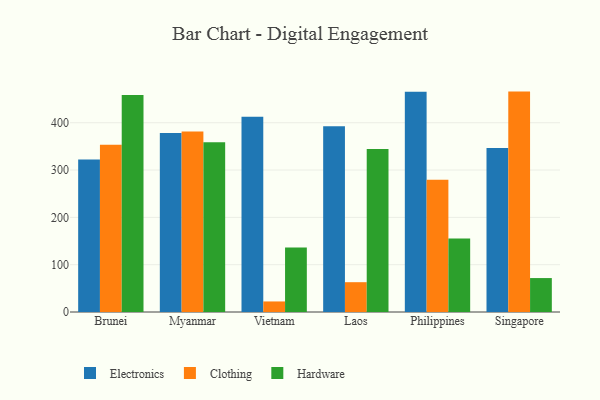
{"axis": {"x": "Country", "y": "Conversion Rate (%)"}, "legend": ["Clothing", "Electronics", "Hardware"], "data": [{"x": "Brunei", "y": 322.5, "type": "Electronics"}, {"x": "Brunei", "y": 353.3, "type": "Clothing"}, {"x": "Brunei", "y": 458.6, "type": "Hardware"}, {"x": "Myanmar", "y": 378.3, "type": "Electronics"}, {"x": "Myanmar", "y": 381.3, "type": "Clothing"}, {"x": "Myanmar", "y": 358.9, "type": "Hardware"}, {"x": "Vietnam", "y": 412.4, "type": "Electronics"}, {"x": "Vietnam", "y": 22.3, "type": "Clothing"}, {"x": "Vietnam", "y": 136.4, "type": "Hardware"}, {"x": "Laos", "y": 392.7, "type": "Electronics"}, {"x": "Laos", "y": 63.0, "type": "Clothing"}, {"x": "Laos", "y": 344.7, "type": "Hardware"}, {"x": "Philippines", "y": 465.6, "type": "Electronics"}, {"x": "Philippines", "y": 279.5, "type": "Clothing"}, {"x": "Philippines", "y": 155.3, "type": "Hardware"}, {"x": "Singapore", "y": 346.7, "type": "Electronics"}, {"x": "Singapore", "y": 465.8, "type": "Clothing"}, {"x": "Singapore", "y": 71.7, "type": "Hardware"}]}